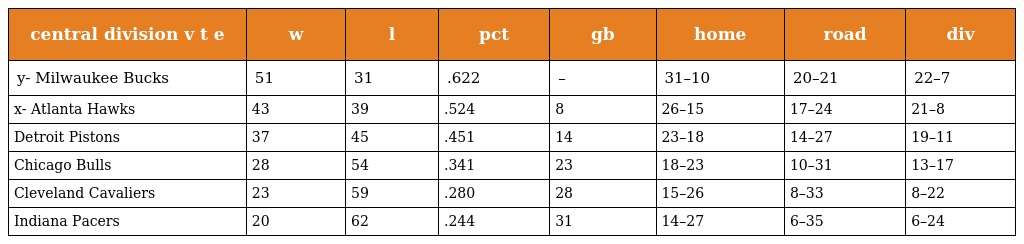
| central division v t e | w | l | pct | gb | home | road | div |
 | --- | --- | --- | --- | --- | --- | --- | --- |
 | y- Milwaukee Bucks | 51 | 31 | .622 | – | 31–10 | 20–21 | 22–7 |
 | x- Atlanta Hawks | 43 | 39 | .524 | 8 | 26–15 | 17–24 | 21–8 |
 | Detroit Pistons | 37 | 45 | .451 | 14 | 23–18 | 14–27 | 19–11 |
 | Chicago Bulls | 28 | 54 | .341 | 23 | 18–23 | 10–31 | 13–17 |
 | Cleveland Cavaliers | 23 | 59 | .280 | 28 | 15–26 | 8–33 | 8–22 |
 | Indiana Pacers | 20 | 62 | .244 | 31 | 14–27 | 6–35 | 6–24 |